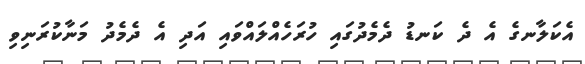
އެކަލާނގެ އެ ދެ ކަނޑު ދެމެދުގައި ހުރަހެއްލައްވައި އަދި އެ ދެމެދު މަނާކުރަނިވި